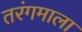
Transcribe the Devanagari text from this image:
तरंगमाला